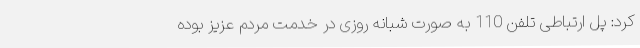
کرد: پل ارتباطی تلفن 110 به صورت شبانه روزی در خدمت مردم عزیز بوده